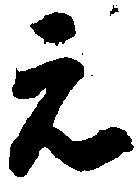
元